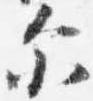
示